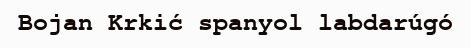
Bojan Krkić spanyol labdarúgó